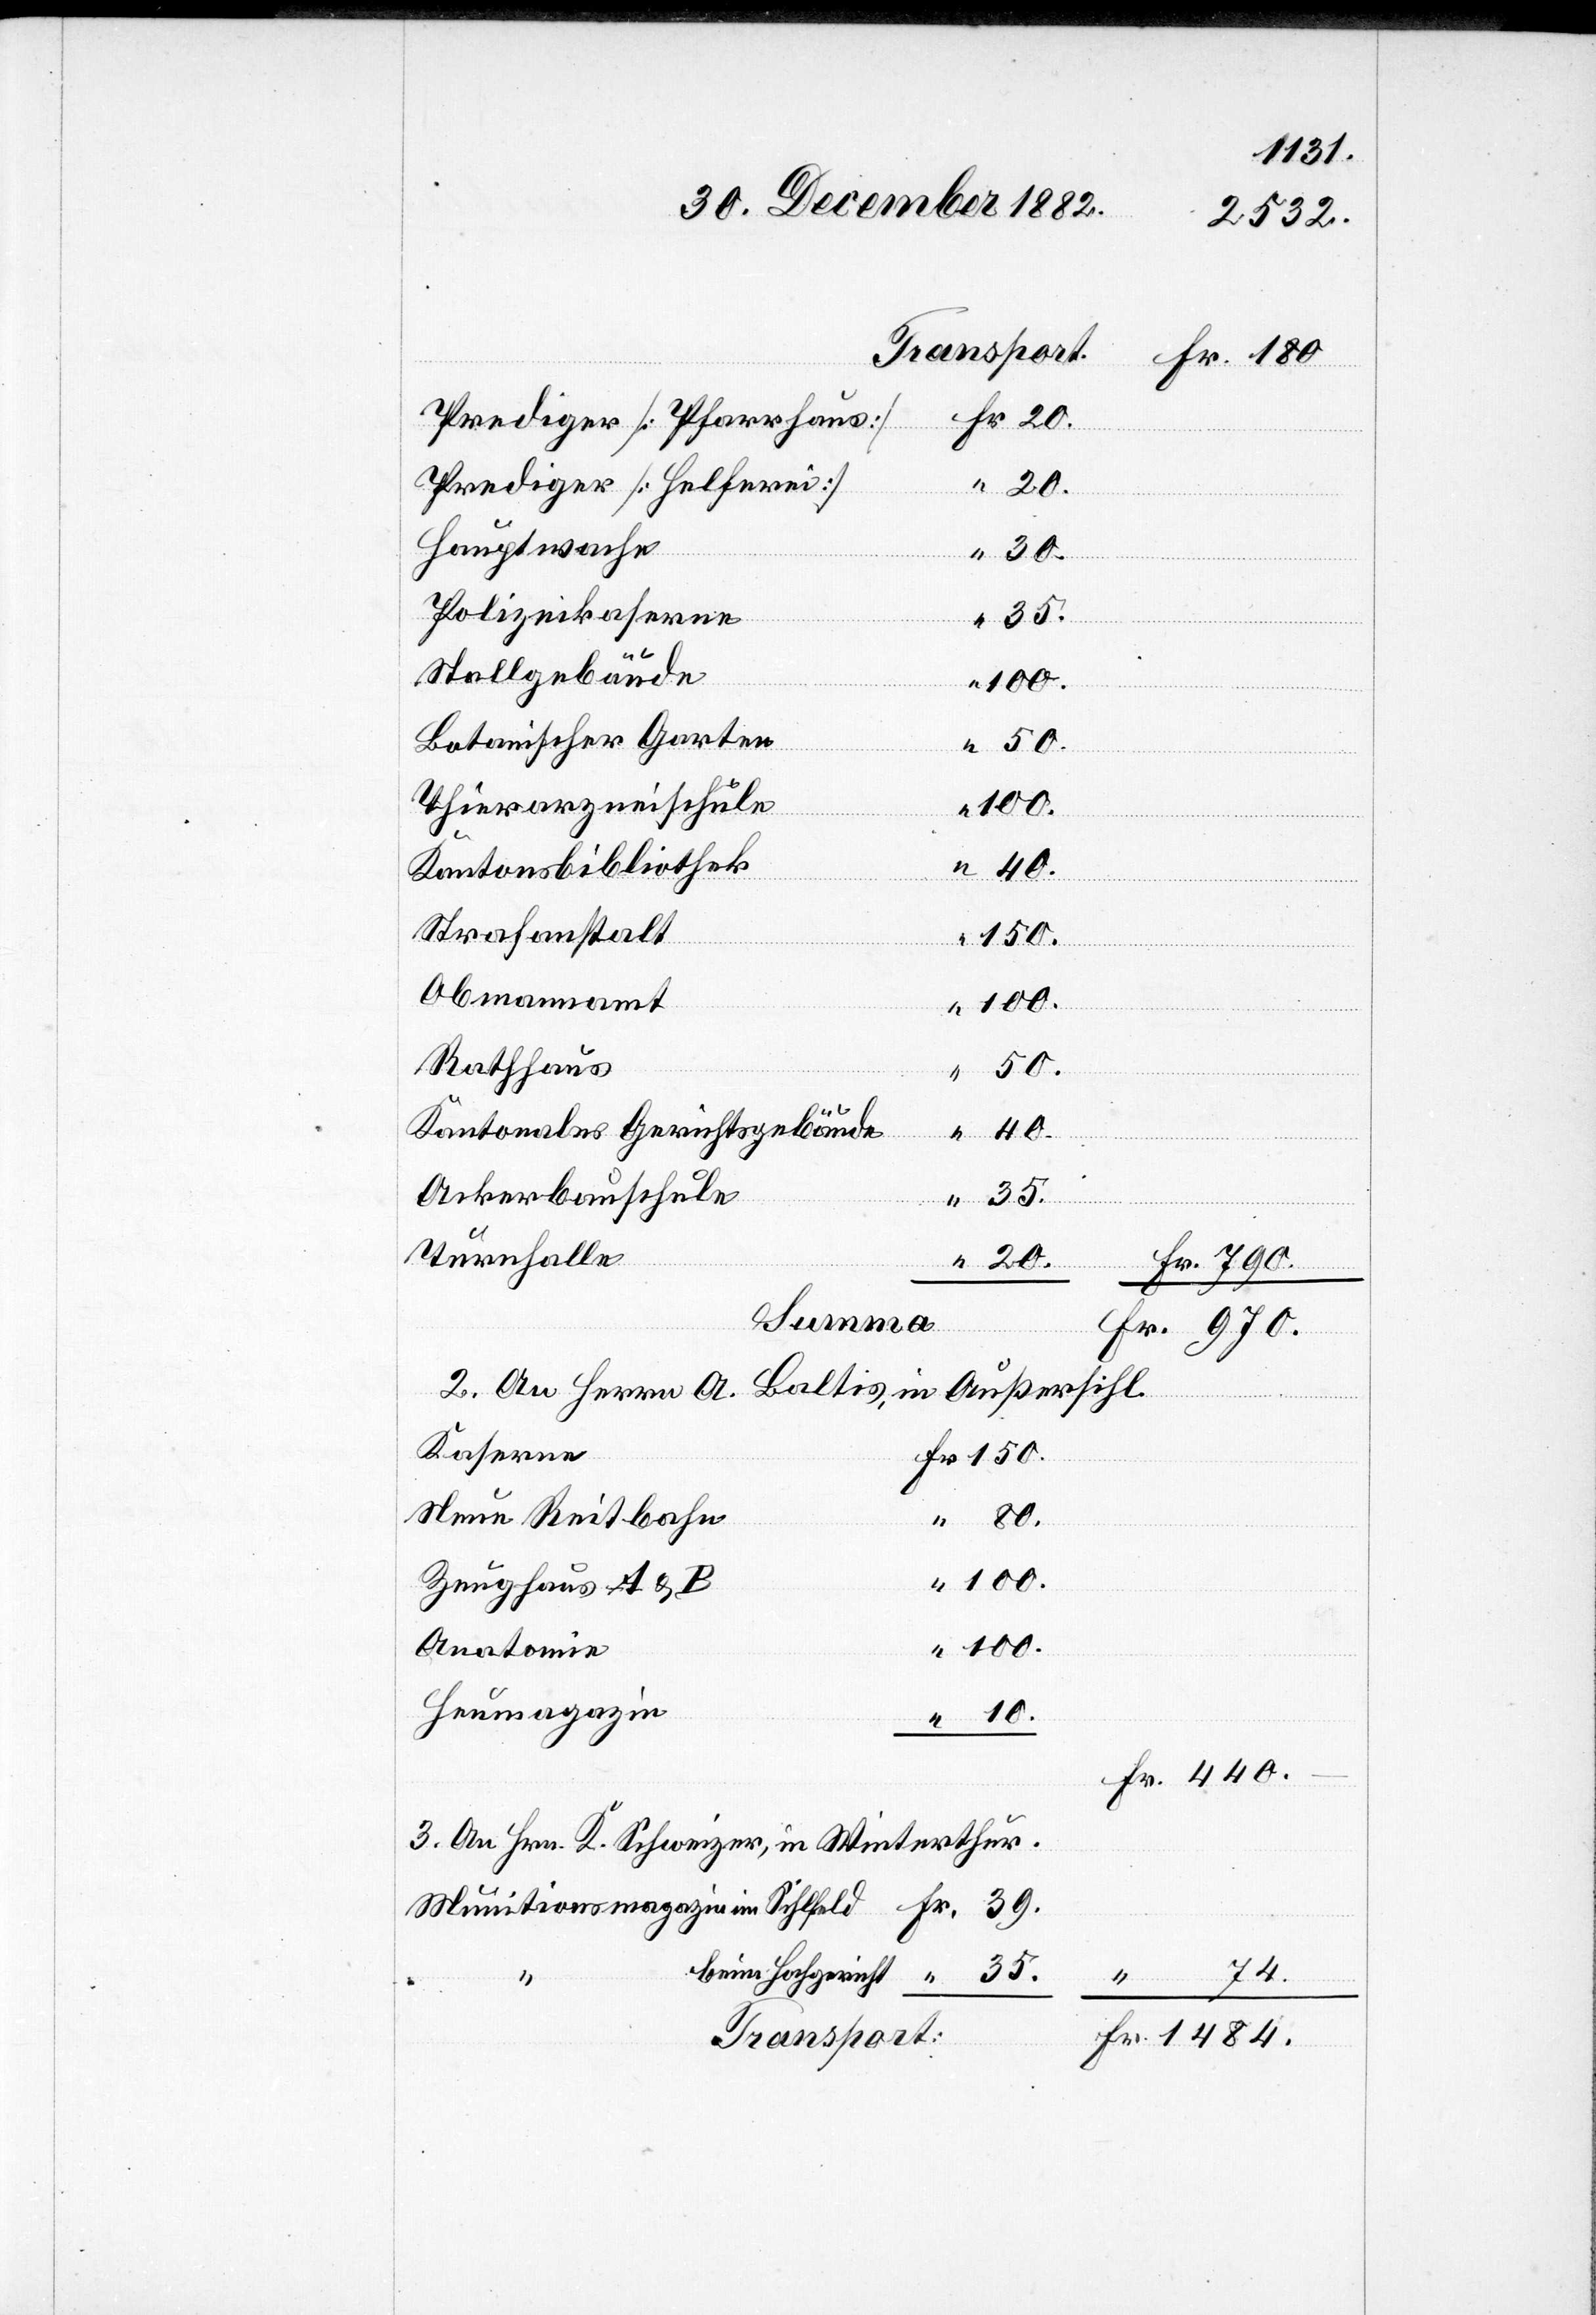
Prediger [Pfarrhaus]
Prediger [Helferei]
Hauptwache
“
Fr.
beim
Polizeikaserne
35.
Stallgebäude
100.
Botanischer Garten
“
Thierarzneischule
1484.
Kantonsbibliothek
Strafanstalt
150.
Obmannamt
100.
Rathhaus
50.
Kantonales Gerichtsgebäude
440.
Ackerbauschule
Transport:
Turnhalle
Baltis, in Außersihl.
2. An Herrn A.
Kaserne
Neue Reitbahn
Zeughaus A & B
Heumagazin
An Hrn. K. Schweizer, in Winterthur.
74.